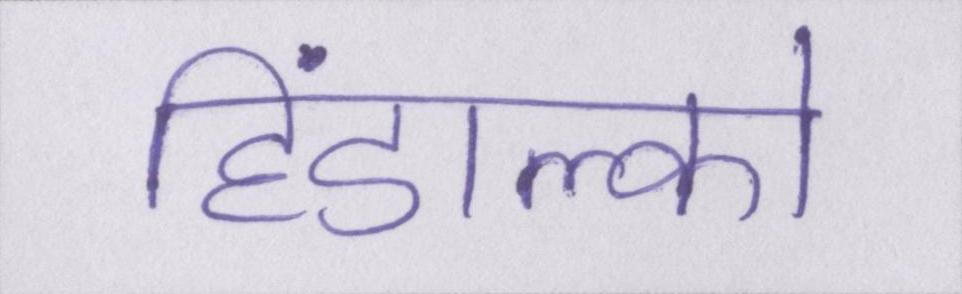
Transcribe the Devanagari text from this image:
हिंडाल्को